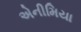
એનીમિયા